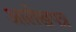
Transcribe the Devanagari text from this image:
आलेखपत्र